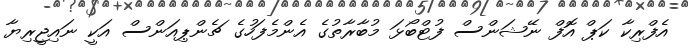
އެފްރިކާ ކަޕް އޮފް ނޭޝަންސް ފުޓްބޯޅަ މުބާރާތުގެ އެންމެފަހުގެ ޗެންޕިއަންސް އަކީ ނައިޖީރިޔާ